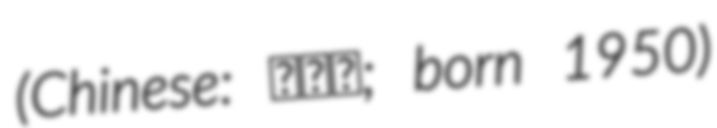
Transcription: (Chinese: 侯凡凡; born 1950)